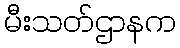
မီးသတ်ဌာနက